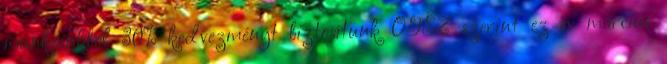
munkáinkból 30% kedvezményt biztosítunk OTSZ szerint ez év március